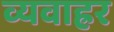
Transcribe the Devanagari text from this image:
व्यवाह्रर